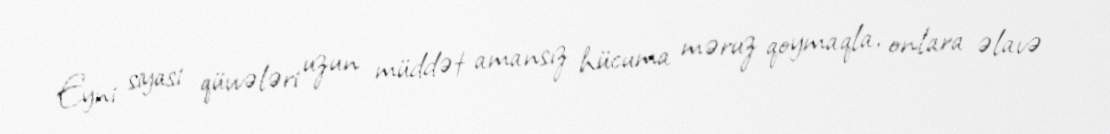
Eyni siyasi qüvvələri uzun müddət amansız hücuma məruz qoymaqla, onlara əlavə